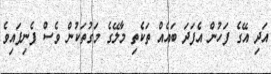
އަދި އޭގެ ފަހުން އެފަދަ ބައެއް ތަކެތި މާލޭގެ މަގުތަކުން ވެސް ފެނިފައިވެ